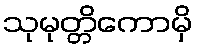
သုမုတ္တိကောမှိ